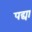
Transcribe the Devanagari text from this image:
पद्या